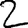
Digit: 2